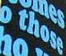
o those